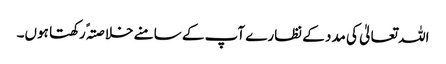
اللہ تعالیٰ کی مدد کے نظارے آپ کے سامنے خلاصتہً رکھتا ہوں۔